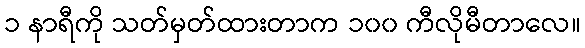
၁ နာရီကို သတ်မှတ်ထားတာက ၁၀၀ ကီလိုမီတာလေ။